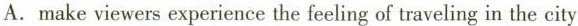
A.make viewers experience the feeling of traveling in the city.